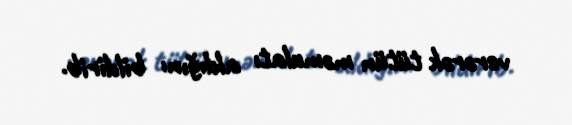
verərək tütün məmulatı aldığını bildirib.